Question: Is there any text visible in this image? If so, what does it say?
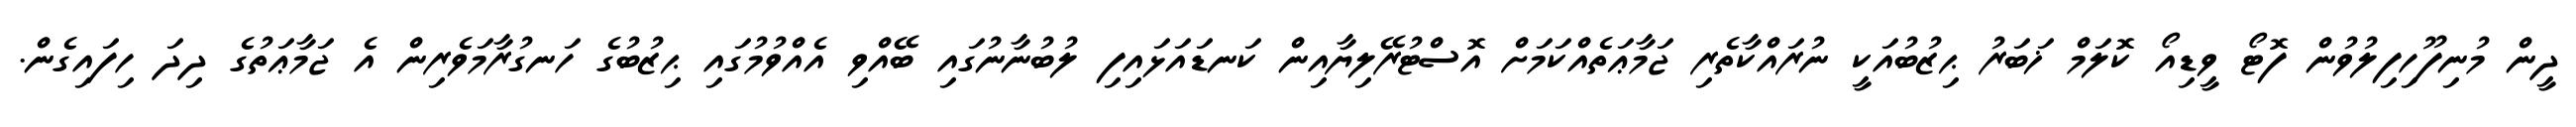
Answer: ދީން މުނިފޫހިފިލުވުން ފޮޓޯ ވީޑިއޯ ކޮލަމް ޚަބަރު ޙިޒުބުއަކީ ނުރައްކާތެރި ޖަމާޢަތެއްކަމަށް އޮސްޓުރޭލިޔާއިން ކަނޑައަޅައިފި ލުބުނާނުގައި ބޭއްވި އެއްވުމުގައި ޙިޒުބުގެ ހަނގުރާމަވެރިން އެ ޖަމާޢަތުގެ ދިދަ ހިފައިގެން.